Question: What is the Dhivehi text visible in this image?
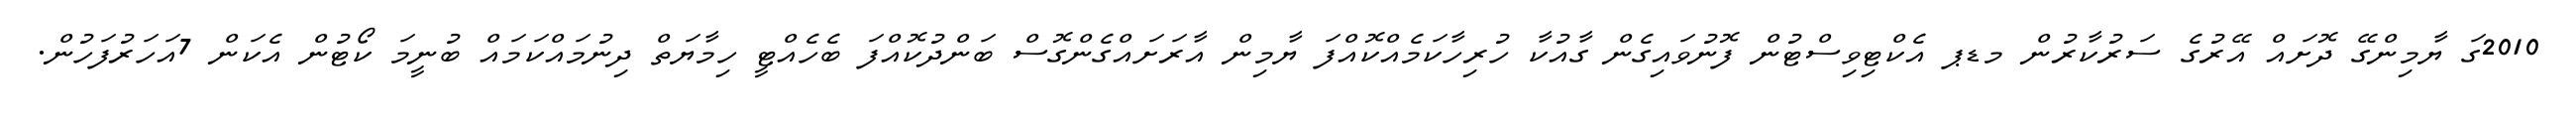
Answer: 2010ގަ ޔާމިންގޭ ދޮށައް އޭރުގެ ސަރުކާރުން މޑޕ އެކްޓިވިސްޓުން ފޮނުވައިގެން ގާއުކާ ހުރިހާކަމެއްކޮއްފަ ޔާމިން އާރަށައްގެންގޮސް ބަންދުކޮއްފަ ބެހެއްޓީ ހިމާޔަތް ދިނުމައްކަމައް ބުނީމަ ކޯޓުން އެކަން 7އަހަރުފަހުން.